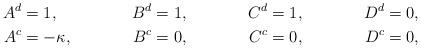
LaTeX: \begin{align*} A^d &= 1, & B^d &= 1, & C^d &= 1, & D^d &= 0, \\ A^c &= -\kappa, & B^c &= 0, & C^c &= 0, & D^c &= 0,\end{align*}